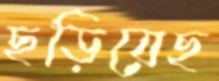
ছড়িয়েছ